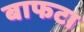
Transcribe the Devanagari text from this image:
बाफटा